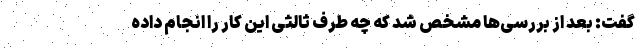
گفت: بعد از بررسی‌ها مشخص شد که چه طرف ثالثی این کار را انجام داده